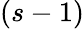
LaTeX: (s-1)